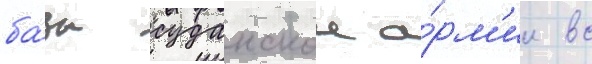
ба́зы суданскои а́рм'ии вс